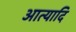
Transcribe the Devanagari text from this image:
आत्यादि